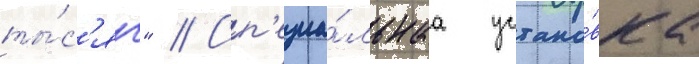
ты́с'яч" // Сп'ециа́льнаа устано́вка